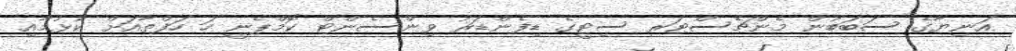
އަނިޔާގެ ސަބަބުން މެންޗެސްޓަރ ސިޓީގެ ޑިފެންޑަރު ވިންސެންޓް ކޮމްޕެނީ ހަ ހަފްތާއަށް ކުޅުމާއި